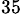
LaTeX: ^{35}